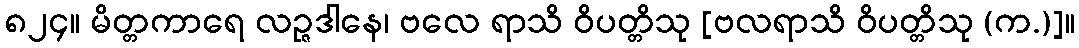
၈၂၄။ မိတ္တကာရေ လဉ္ဇဒါနေ၊ ဗလေ ရာသိ ဝိပတ္တိသု [ဗလရာသိ ဝိပတ္တိသု (က.)]။